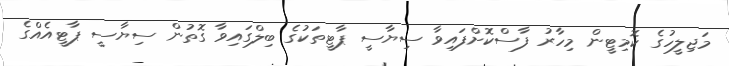
މަޖިލީހުގެ ކޮމިޓީން މިހާރު ފާސްކޮށްފައިވާ ސިޔާސީ ޕާޓީތަކުގެ ބިލްގައިވާ ގޮތުން ސިޔާސީ ޕާޓީއެއްގެ